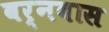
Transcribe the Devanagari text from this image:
बर्नबास